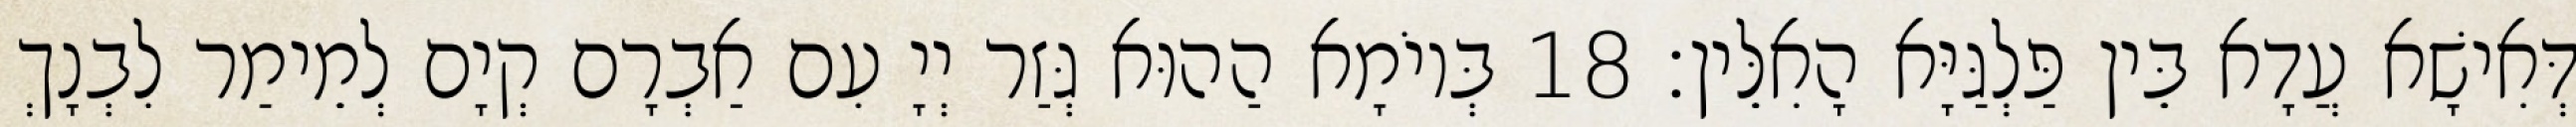
דְּאִישָׁא עֲדָא בֵּין פַּלְגַּיָּא הָאִלֵּין׃ 18 בְּיוֹמָא הַהוּא גְּזַר יְיָ עִם אַבְרָם קְיָם לְמֵימַר לִבְנָךְ